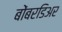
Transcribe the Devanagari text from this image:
बोंबरडिअर